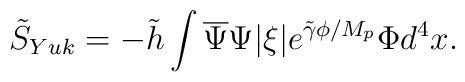
\tilde{S}_{Yuk}=-\tilde{h}\int\overline{\Psi}\Psi |\xi |e^{\tilde{\gamma}\phi/M_{p}}\Phi d^{4}x.